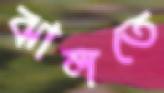
ঝালতে